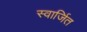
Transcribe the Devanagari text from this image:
स्वार्जित